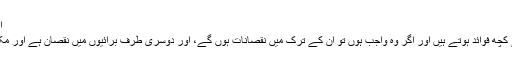
اس میں شیخ الاسلام ابن تیمیہؒ فرماتے ہیں:
جب یہ بات ثابت ہو گئی کہ بھلائیوں کے کچھ فوائد ہوتے ہیں اور اگر وہ واجب ہوں تو ان کے ترک میں نقصانات ہوں گے، اور دوسری طرف برائیوں میں نقصان ہے اور مکروہ میں کچھ نقصانات اور کچھ فوائد ہیں۔